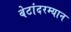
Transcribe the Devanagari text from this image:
बेटांदरम्यान